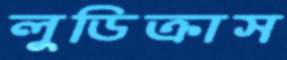
লুডিক্রাস